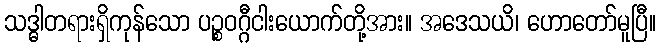
သဒ္ဓါတရားရှိကုန်သော ပဉ္စဝဂ္ဂီငါးယောက်တို့အား။ အဒေသယိ၊ ဟောတော်မူပြီ။